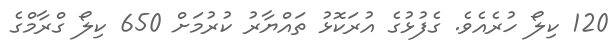
120 ކިލޯ ހުރެއެވެ. ގެފުޅުގެ އުރަކޮޅު ތައްޔާރު ކުރުމަށް 650 ކިލޯ ގްރާމްގެ